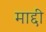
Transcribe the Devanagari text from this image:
माद्दी